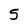
Character: 5